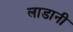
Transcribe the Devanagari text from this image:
लाडानी